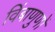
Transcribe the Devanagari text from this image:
विंबाणुणों